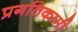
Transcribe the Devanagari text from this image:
प्रगतिकामी